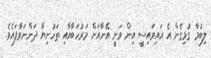
ލިބުމާ ގުޅިގެން އެ އައިވައިސީ އިން ވަނީ އޭނާއަށް މަރުހަބާއާއި ތަހުނިޔާ ދަންނަވާފައެވެ.